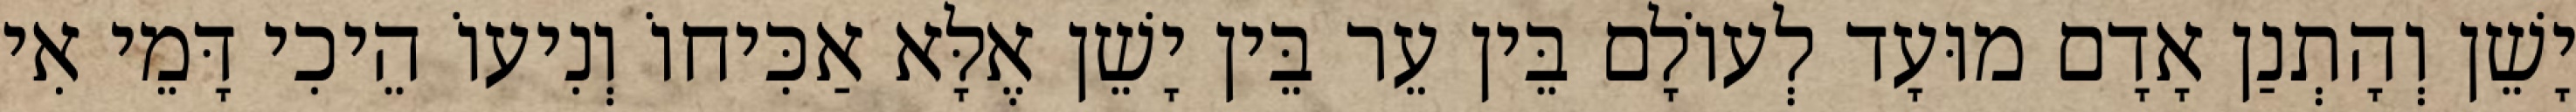
יָשֵׁן וְהָתְנַן אָדָם מוּעָד לְעוֹלָם בֵּין עֵר בֵּין יָשֵׁן אֶלָּא אַכִּיחוֹ וְנִיעוֹ הֵיכִי דָּמֵי אִי